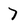
Character: 7